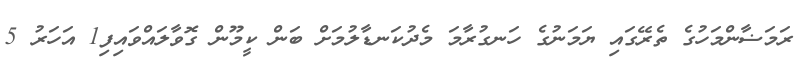
ރަމަޟާންމަހުގެ ތެރޭގައި ޔަމަނުގެ ހަނގުރާމަ މެދުކަނޑާލުމަށް ބަން ކީމޫން ގޮވާލައްވައިފި1 އަހަރު 5